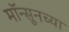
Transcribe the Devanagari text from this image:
मॉन्सूनच्या